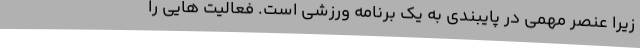
زیرا عنصر مهمی در پایبندی به یک برنامه ورزشی است. فعالیت هایی را